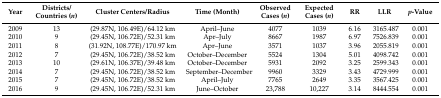
<table><thead><tr><td><b>Year</b></td><td><b>Districts/Countries (<i>n</i>)</b></td><td><b>Cluster Centers/Radius</b></td><td><b>Time (Month)</b></td><td><b>Observed Cases (<i>n</i>)</b></td><td><b>Expected Cases (<i>n</i>)</b></td><td><b>RR</b></td><td><b>LLR</b></td><td><b><i>p</i>-Value</b></td></tr></thead><tbody><tr><td>2009</td><td>13</td><td>(29.87N, 106.49E)/64.12 km</td><td>April–June</td><td>4077</td><td>1039</td><td>6.16</td><td>3165.487</td><td>0.001</td></tr><tr><td>2010</td><td>9</td><td>(29.45N, 106.72E)/52.31 km</td><td>Apr–July</td><td>8667</td><td>1987</td><td>6.97</td><td>7526.839</td><td>0.001</td></tr><tr><td>2011</td><td>8</td><td>(31.92N, 108.77E)/170.97 km</td><td>Apr–June</td><td>3571</td><td>1037</td><td>3.96</td><td>2055.819</td><td>0.001</td></tr><tr><td>2012</td><td>7</td><td>(29.45N, 106.72E)/38.52 km</td><td>October–December</td><td>5524</td><td>1304</td><td>5.01</td><td>4098.742</td><td>0.001</td></tr><tr><td>2013</td><td>10</td><td>(29.61N, 106.37E)/39.48 km</td><td>October–December</td><td>5931</td><td>2092</td><td>3.25</td><td>2599.343</td><td>0.001</td></tr><tr><td>2014</td><td>7</td><td>(29.45N, 106.72E)/38.52 km</td><td>September–December</td><td>9960</td><td>3329</td><td>3.43</td><td>4729.999</td><td>0.001</td></tr><tr><td>2015</td><td>7</td><td>(29.45N, 106.72E)/38.52 km</td><td>April–July</td><td>7765</td><td>2649</td><td>3.35</td><td>3567.425</td><td>0.001</td></tr><tr><td>2016</td><td>9</td><td>(29.45N, 106.72E)/52.31 km</td><td>June–October</td><td>23,788</td><td>10,227</td><td>3.14</td><td>8444.554</td><td>0.001</td></tr></tbody></table>